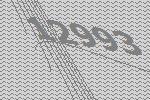
12993